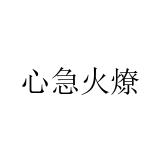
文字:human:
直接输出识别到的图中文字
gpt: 心急火燎